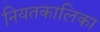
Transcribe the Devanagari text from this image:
नियतकालिका